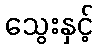
သွေးနှင့်